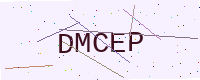
Text: DMCEP